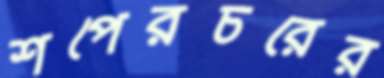
শপেরচরের